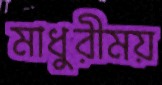
মাধুরীময়